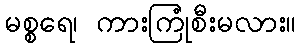
မစ္စရေ၊ ကားကြုံစီးမလား။